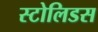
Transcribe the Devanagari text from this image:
स्टोलिडस